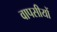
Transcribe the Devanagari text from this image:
वापसीयों